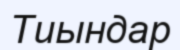
Тиындар